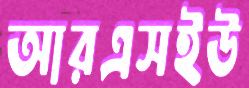
আরএসইউ